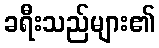
ခရီးသည်များ၏